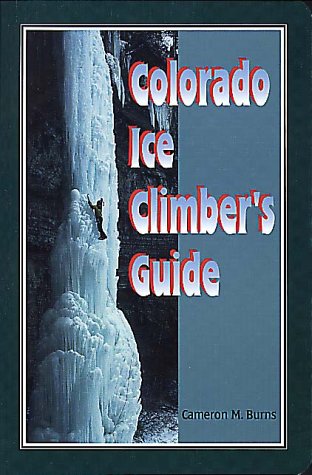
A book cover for Colorado Ice Climber's Guide (Regional Rock Climbing Series); Cameron M. Burns; Travel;